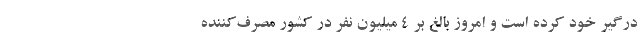
درگیر خود کرده است و امروز بالغ بر ۴ میلیون نفر در کشور مصرف‌کننده